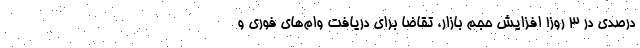
درصدی در 3 روز! افزایش حجم بازار، تقاضا برای دریافت وام‌های فوری و